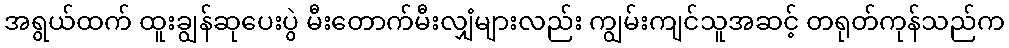
အရွယ်ထက် ထူးချွန်ဆုပေးပွဲ မီးတောက်မီးလျှံများလည်း ကျွမ်းကျင်သူအဆင့် တရုတ်ကုန်သည်က